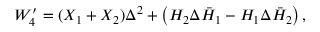
W _ { 4 } ^ { \prime } = ( X _ { 1 } + X _ { 2 } ) \Delta ^ { 2 } + \left( H _ { 2 } \Delta \bar { H } _ { 1 } - H _ { 1 } \Delta \bar { H } _ { 2 } \right) ,